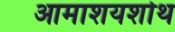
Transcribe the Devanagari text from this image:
आमाशयशोथ